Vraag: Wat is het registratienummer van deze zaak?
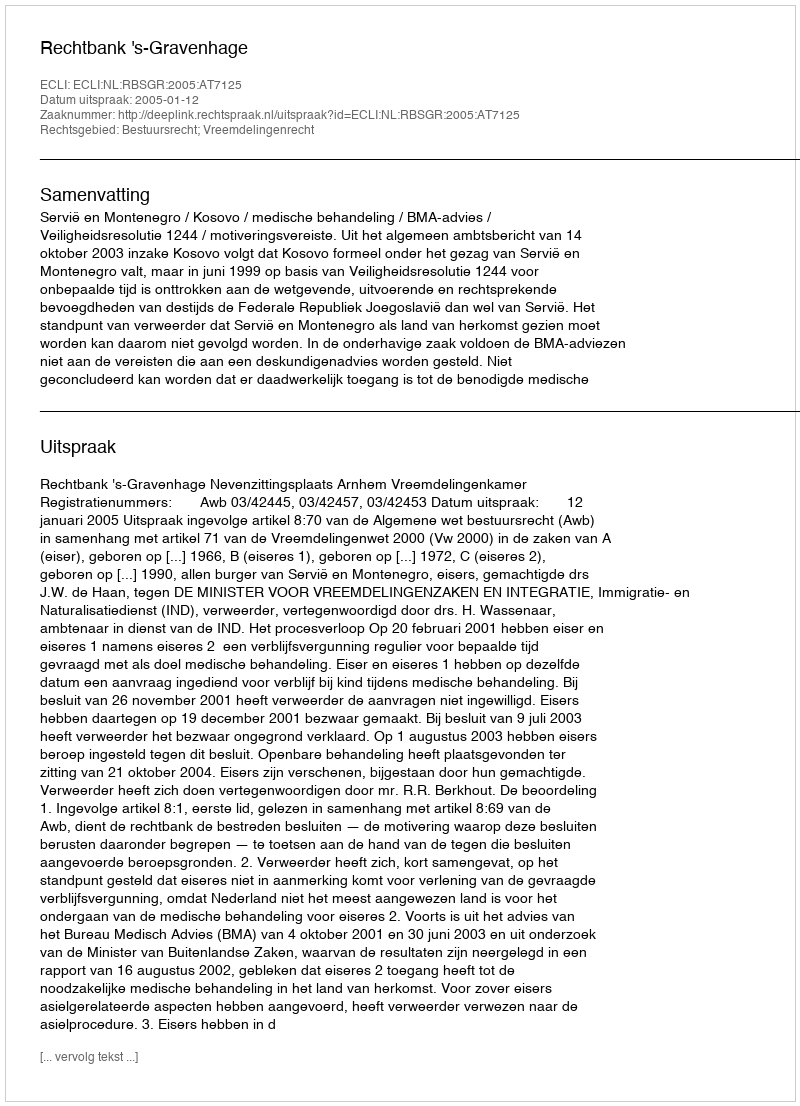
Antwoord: http://deeplink.rechtspraak.nl/uitspraak?id=ECLI:NL:RBSGR:2005:AT7125